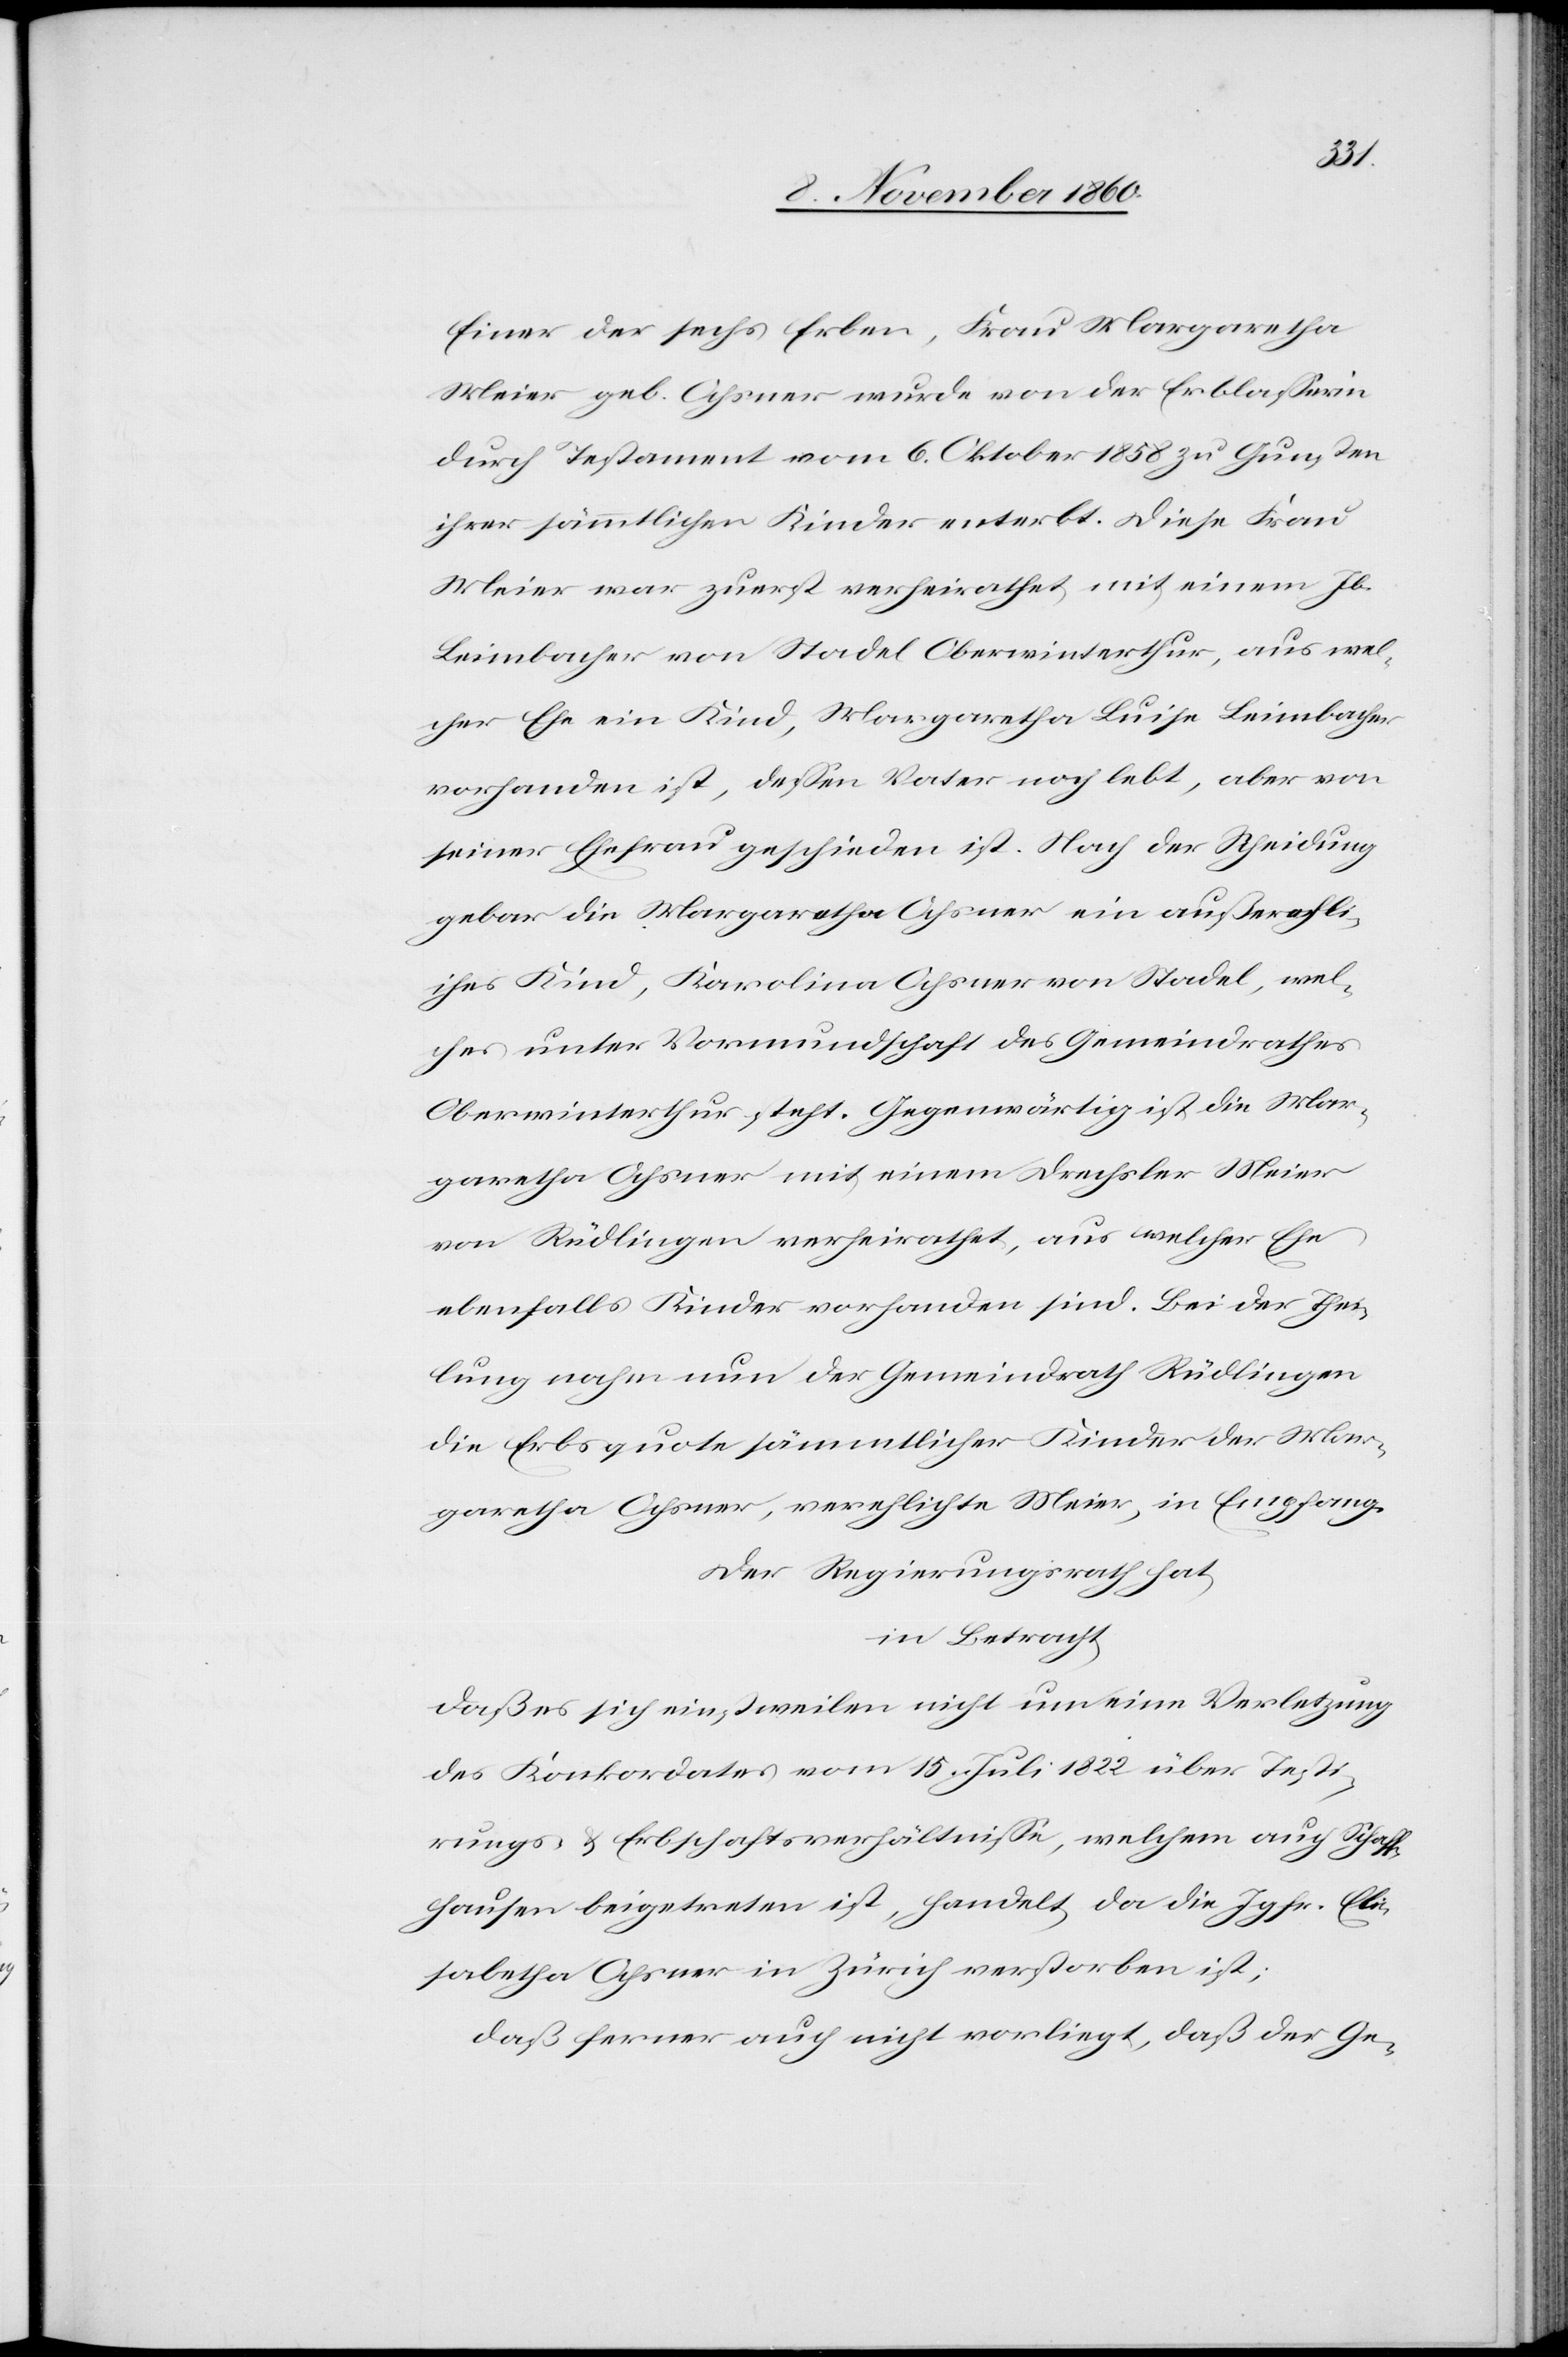
Einer der sechs Erben, Frau Margaretha
Meier geb. Ochsner wurde von der Erblasserin
durch Testament vom 6. Oktober 1858 zu Gunsten
ihrer sämmtlichen Kinder enterbt. Diese Frau
Meier war zuerst verheirathet mit einem Jb.
Leimbacher von Stadel Oberwinterthur, aus wel¬
cher Ehe ein Kind, Margaretha Luise Leimbacher
vorhanden ist, dessen Vater noch lebt, aber von
seiner Ehefrau geschieden ist. Nach der Scheidung
gebar die Margaretha Ochsner ein außerehli¬
ches Kind, Karolina Ochsner von Stadel, wel¬
ches unter Vormundschaft des Gemeindrathes
Oberwinterthur steht. Gegenwärtig ist die Mar¬
garetha Ochsner mit einem Drechsler Meier
von Rüdlingen verheirathet, aus welcher Ehe
ebenfalls Kinder vorhanden sind. Bei der Thei¬
lung nahm nun der Gemeindrath Rüdlingen
die Erbsquote sämmtlicher Kinder der Mar¬
garetha Ochsner, verehelichte Meier, in Empfang.
Der Regierungsrath hat
in Betracht
daß es sich einstweilen nicht um eine Verletzung
des Konkordates vom 15. Juli 1822 über Testi¬
rungs- u. Erbschaftsverhältnisse, welchem auch Schaff¬
hausen beigetreten ist, handelt da die Jgfr. Eli¬
sabetha Ochsner in Zürich verstorben ist;
daß ferner auch nicht vorliegt, daß der Ge-